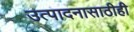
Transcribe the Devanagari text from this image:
उत्पादनासाठीही